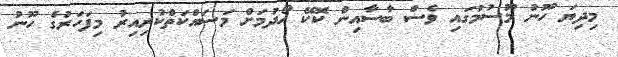
މިދިޔަ ހޫނު މޫސުމުގައި ވެސް ބާސާއިން ކޮކޭ ހޯދުމަށް މަސައްކަތްކުރިއިރު މިފަހަރުގެ ހޫނު